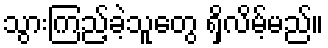
သွားကြည့်ခဲ့သူတွေ ရှိလိမ့်မည်။